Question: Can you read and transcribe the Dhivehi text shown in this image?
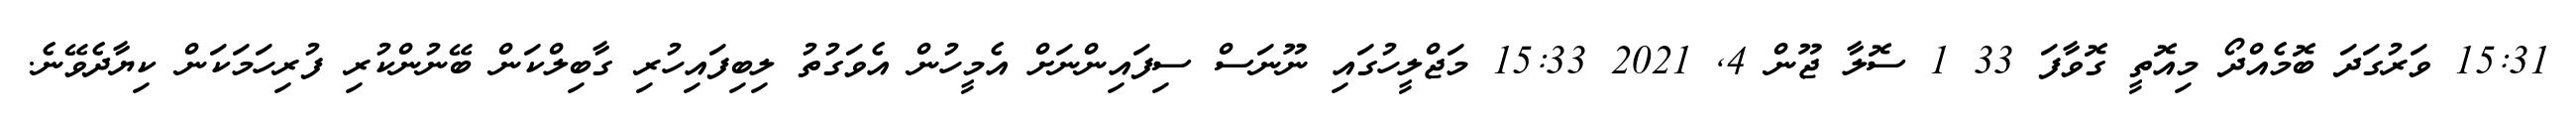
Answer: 15:31 ވަރުގަދަ ބޮމެއްދޯ މިއޮތީ ގޮވާފަ 33 1 ސޮލާ ޖޫން 4, 2021 15:33 މަޖްލީހުގައި ނޫނަސް ސިފައިންނަށް އެމީހުން އެވަގުތު ލިބިފައިހުރި ގާބިލްކަން ބޭނުންކުރި ފުރިހަމަކަން ކިޔާދެވޭނެ.